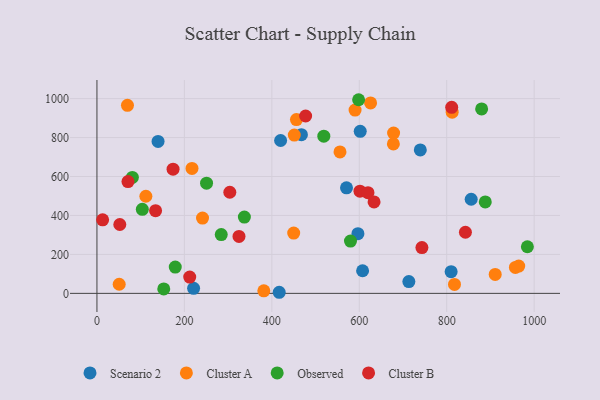
{"axis": {"x": "Speed", "y": "Sales"}, "legend": ["Cluster A", "Cluster B", "Observed", "Scenario 2"], "data": [{"x": "856.0", "y": 483.3, "type": "Scenario 2"}, {"x": "607.6", "y": 116.0, "type": "Scenario 2"}, {"x": "221.1", "y": 26.0, "type": "Scenario 2"}, {"x": "602.2", "y": 832.1, "type": "Scenario 2"}, {"x": "570.8", "y": 542.1, "type": "Scenario 2"}, {"x": "739.6", "y": 736.7, "type": "Scenario 2"}, {"x": "467.7", "y": 814.6, "type": "Scenario 2"}, {"x": "416.9", "y": 5.6, "type": "Scenario 2"}, {"x": "139.8", "y": 780.0, "type": "Scenario 2"}, {"x": "596.9", "y": 306.6, "type": "Scenario 2"}, {"x": "713.4", "y": 60.7, "type": "Scenario 2"}, {"x": "420.1", "y": 784.9, "type": "Scenario 2"}, {"x": "810.1", "y": 111.4, "type": "Scenario 2"}, {"x": "451.4", "y": 812.8, "type": "Cluster A"}, {"x": "450.0", "y": 309.6, "type": "Cluster A"}, {"x": "678.5", "y": 822.9, "type": "Cluster A"}, {"x": "910.9", "y": 97.2, "type": "Cluster A"}, {"x": "625.9", "y": 978.0, "type": "Cluster A"}, {"x": "381.7", "y": 12.9, "type": "Cluster A"}, {"x": "555.9", "y": 726.2, "type": "Cluster A"}, {"x": "217.4", "y": 641.3, "type": "Cluster A"}, {"x": "590.4", "y": 941.2, "type": "Cluster A"}, {"x": "69.8", "y": 965.5, "type": "Cluster A"}, {"x": "678.0", "y": 767.5, "type": "Cluster A"}, {"x": "241.5", "y": 386.4, "type": "Cluster A"}, {"x": "456.3", "y": 892.2, "type": "Cluster A"}, {"x": "964.7", "y": 140.1, "type": "Cluster A"}, {"x": "50.9", "y": 46.9, "type": "Cluster A"}, {"x": "812.5", "y": 930.4, "type": "Cluster A"}, {"x": "957.1", "y": 133.1, "type": "Cluster A"}, {"x": "817.8", "y": 45.8, "type": "Cluster A"}, {"x": "111.9", "y": 498.7, "type": "Cluster A"}, {"x": "152.8", "y": 22.8, "type": "Observed"}, {"x": "103.8", "y": 431.4, "type": "Observed"}, {"x": "879.9", "y": 947.2, "type": "Observed"}, {"x": "250.7", "y": 565.8, "type": "Observed"}, {"x": "518.9", "y": 806.9, "type": "Observed"}, {"x": "337.2", "y": 391.5, "type": "Observed"}, {"x": "598.5", "y": 994.3, "type": "Observed"}, {"x": "888.2", "y": 469.7, "type": "Observed"}, {"x": "81.0", "y": 595.3, "type": "Observed"}, {"x": "284.3", "y": 302.1, "type": "Observed"}, {"x": "579.9", "y": 268.6, "type": "Observed"}, {"x": "984.5", "y": 239.3, "type": "Observed"}, {"x": "179.1", "y": 135.0, "type": "Observed"}, {"x": "601.6", "y": 524.8, "type": "Cluster B"}, {"x": "303.9", "y": 519.3, "type": "Cluster B"}, {"x": "619.9", "y": 517.1, "type": "Cluster B"}, {"x": "633.8", "y": 469.5, "type": "Cluster B"}, {"x": "13.0", "y": 377.8, "type": "Cluster B"}, {"x": "134.1", "y": 424.8, "type": "Cluster B"}, {"x": "52.3", "y": 353.6, "type": "Cluster B"}, {"x": "174.1", "y": 637.7, "type": "Cluster B"}, {"x": "842.8", "y": 313.7, "type": "Cluster B"}, {"x": "477.3", "y": 910.8, "type": "Cluster B"}, {"x": "324.9", "y": 292.6, "type": "Cluster B"}, {"x": "212.2", "y": 83.6, "type": "Cluster B"}, {"x": "743.3", "y": 235.3, "type": "Cluster B"}, {"x": "71.0", "y": 574.0, "type": "Cluster B"}, {"x": "811.4", "y": 955.3, "type": "Cluster B"}]}